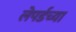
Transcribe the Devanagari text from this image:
लेपर्डच्या